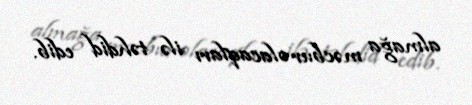
almağa məcbur olacaqları ilə təhdid edib.